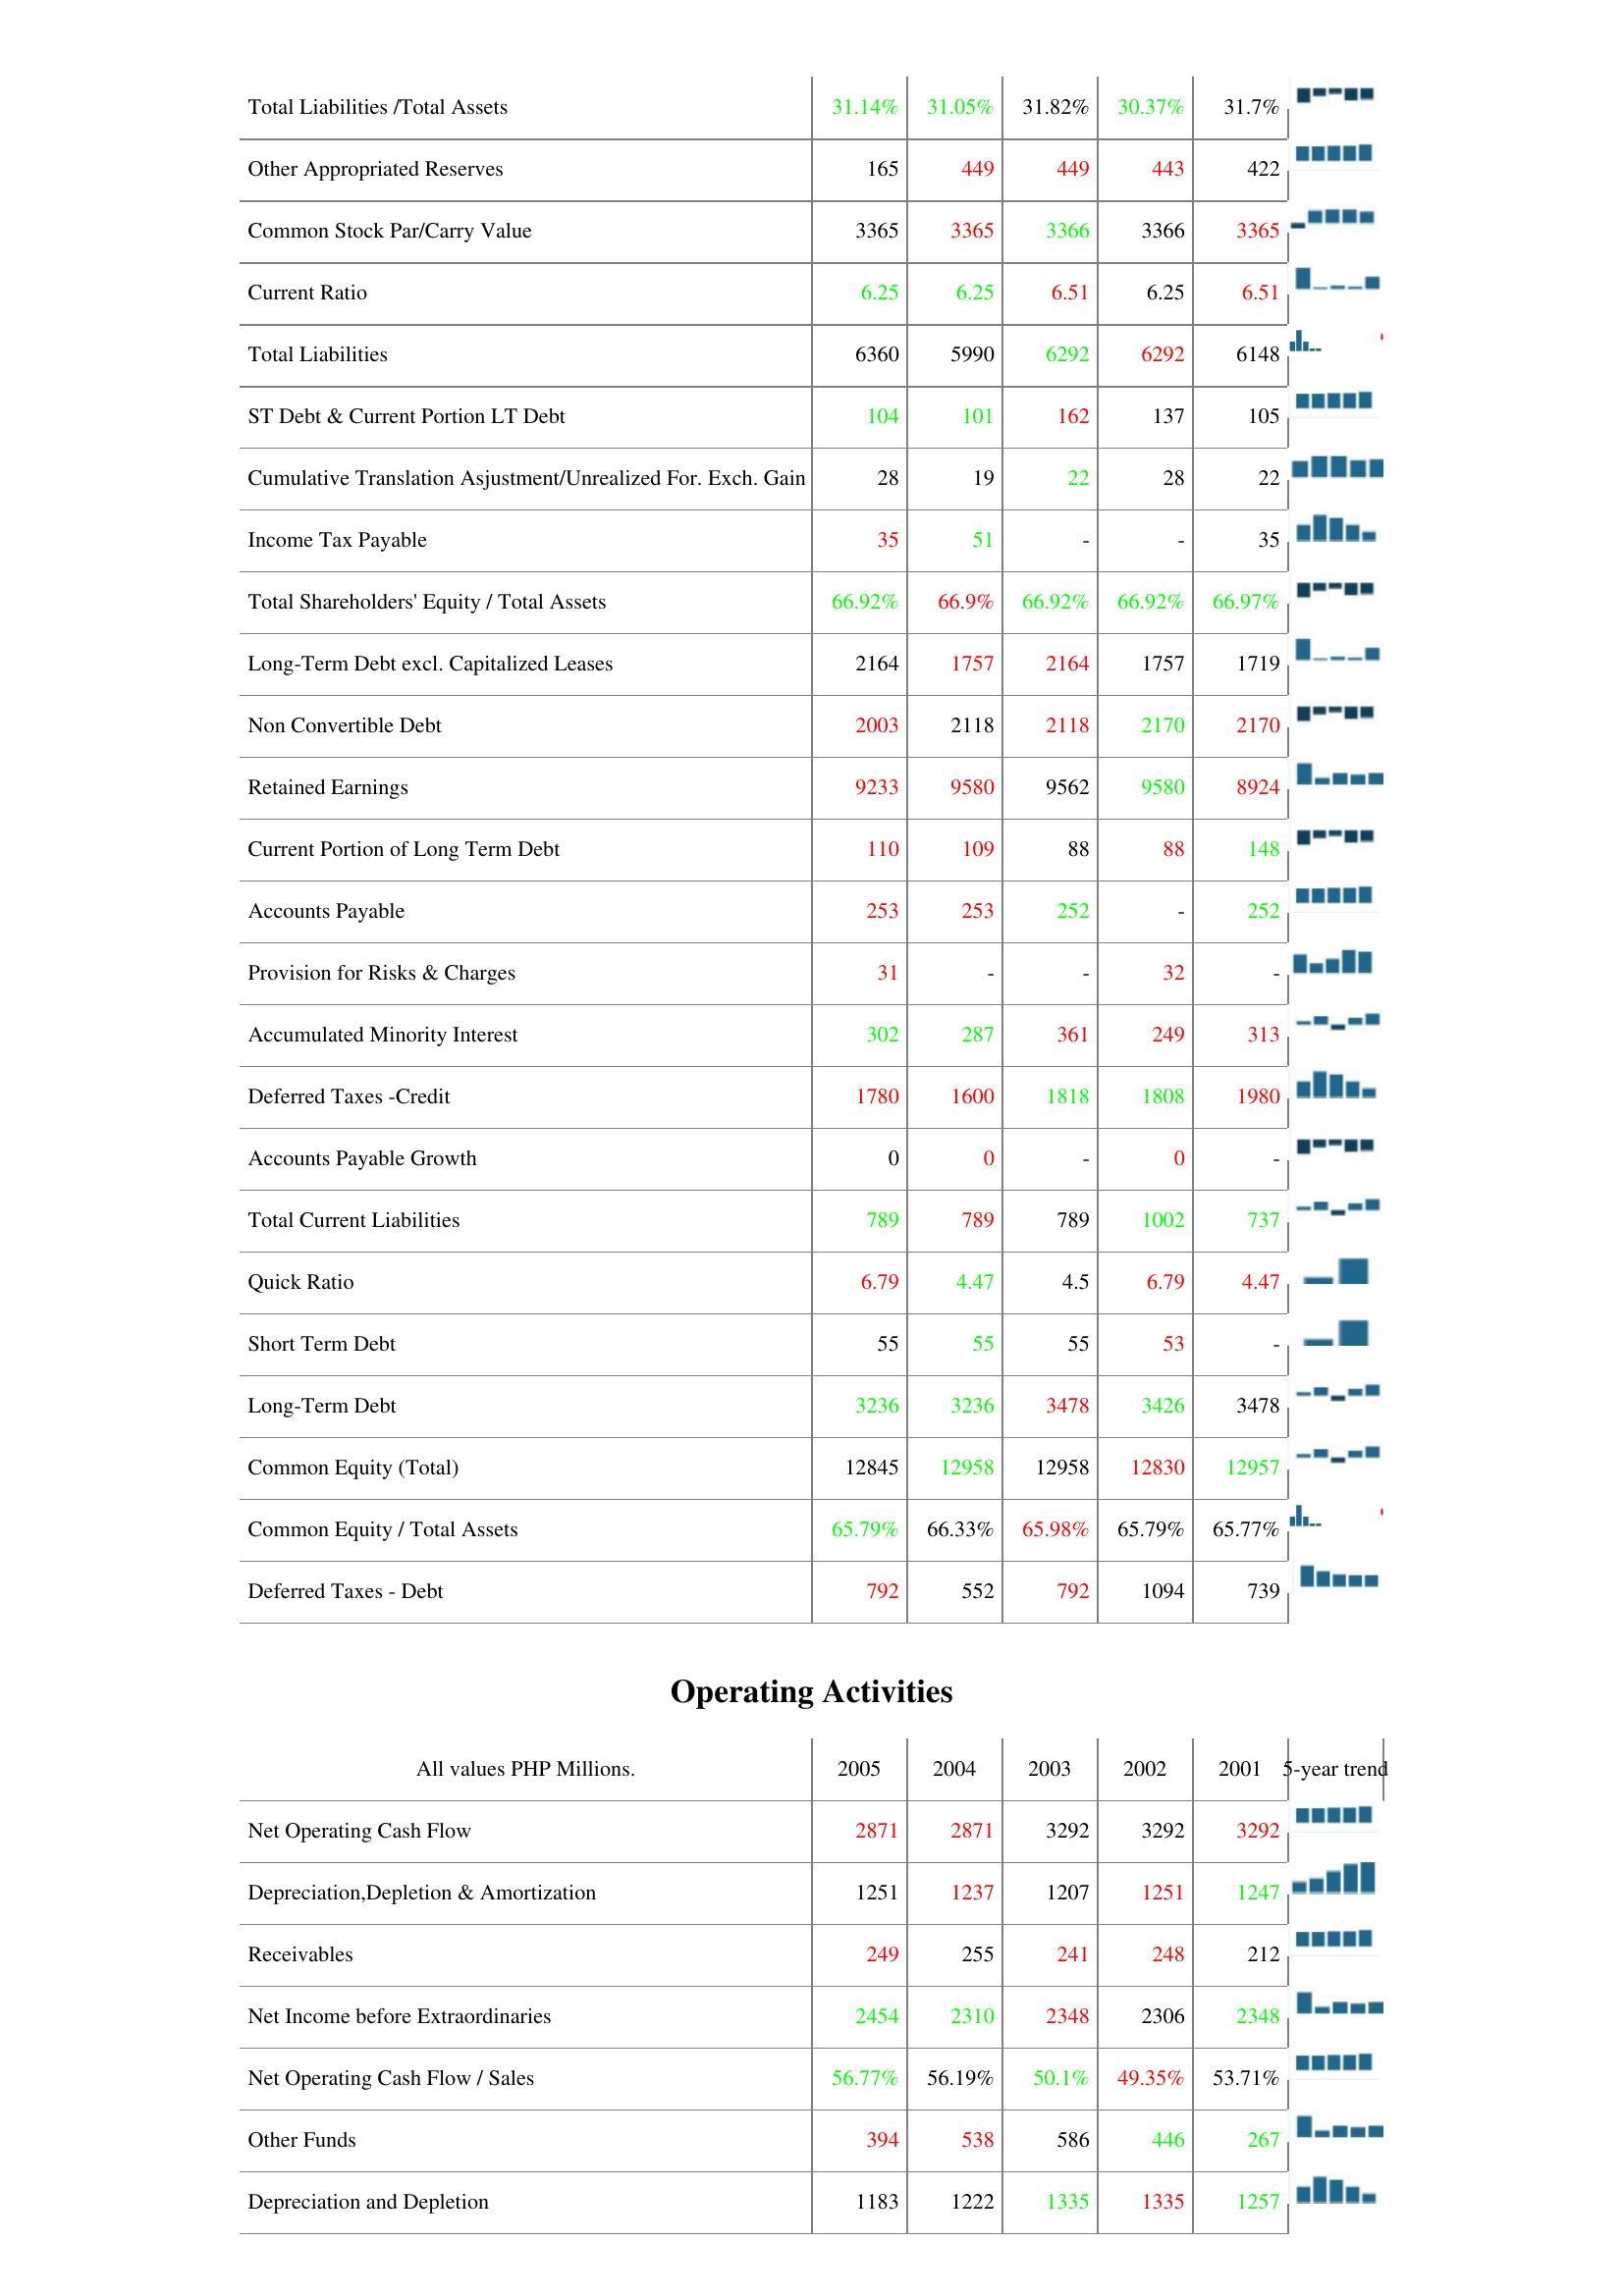
2005: Liabilities & Shareholder's Equity: Total Liabilities /Total Assets: 31.14%
Other Appropriated Reserves: 165
Common Stock Par/Carry Value: 3365
Current Ratio: 6.25
Total Liabilities: 6360
ST Debt & Current Portion LT Debt: 104
Cumulative Translation Asjustment/Unrealized For. Exch. Gain: 28
Income Tax Payable: 35
Total Shareholders' Equity / Total Assets: 66.92%
Long-Term Debt excl. Capitalized Leases: 2164
Non Convertible Debt: 2003
Retained Earnings: 9233
Current Portion of Long Term Debt: 110
Accounts Payable: 253
Provision for Risks & Charges: 31
Accumulated Minority Interest: 302
Deferred Taxes -Credit: 1780
Accounts Payable Growth: 0
Total Current Liabilities: 789
Quick Ratio: 6.79
Short Term Debt: 55
Long-Term Debt: 3236
Common Equity (Total): 12845
Common Equity / Total Assets: 65.79%
Deferred Taxes - Debt: 792
Operating Activities: Net Operating Cash Flow: 2871
Depreciation,Depletion & Amortization: 1251
Receivables: 249
Net Income before Extraordinaries: 2454
Net Operating Cash Flow / Sales: 56.77%
Other Funds: 394
Depreciation and Depletion: 1183
2004: Liabilities & Shareholder's Equity: Total Liabilities /Total Assets: 31.05%
Other Appropriated Reserves: 449
Common Stock Par/Carry Value: 3365
Current Ratio: 6.25
Total Liabilities: 5990
ST Debt & Current Portion LT Debt: 101
Cumulative Translation Asjustment/Unrealized For. Exch. Gain: 19
Income Tax Payable: 51
Total Shareholders' Equity / Total Assets: 66.9%
Long-Term Debt excl. Capitalized Leases: 1757
Non Convertible Debt: 2118
Retained Earnings: 9580
Current Portion of Long Term Debt: 109
Accounts Payable: 253
Provision for Risks & Charges: -
Accumulated Minority Interest: 287
Deferred Taxes -Credit: 1600
Accounts Payable Growth: 0
Total Current Liabilities: 789
Quick Ratio: 4.47
Short Term Debt: 55
Long-Term Debt: 3236
Common Equity (Total): 12958
Common Equity / Total Assets: 66.33%
Deferred Taxes - Debt: 552
Operating Activities: Net Operating Cash Flow: 2871
Depreciation,Depletion & Amortization: 1237
Receivables: 255
Net Income before Extraordinaries: 2310
Net Operating Cash Flow / Sales: 56.19%
Other Funds: 538
Depreciation and Depletion: 1222
2003: Liabilities & Shareholder's Equity: Total Liabilities /Total Assets: 31.82%
Other Appropriated Reserves: 449
Common Stock Par/Carry Value: 3366
Current Ratio: 6.51
Total Liabilities: 6292
ST Debt & Current Portion LT Debt: 162
Cumulative Translation Asjustment/Unrealized For. Exch. Gain: 22
Income Tax Payable: -
Total Shareholders' Equity / Total Assets: 66.92%
Long-Term Debt excl. Capitalized Leases: 2164
Non Convertible Debt: 2118
Retained Earnings: 9562
Current Portion of Long Term Debt: 88
Accounts Payable: 252
Provision for Risks & Charges: -
Accumulated Minority Interest: 361
Deferred Taxes -Credit: 1818
Accounts Payable Growth: -
Total Current Liabilities: 789
Quick Ratio: 4.5
Short Term Debt: 55
Long-Term Debt: 3478
Common Equity (Total): 12958
Common Equity / Total Assets: 65.98%
Deferred Taxes - Debt: 792
Operating Activities: Net Operating Cash Flow: 3292
Depreciation,Depletion & Amortization: 1207
Receivables: 241
Net Income before Extraordinaries: 2348
Net Operating Cash Flow / Sales: 50.1%
Other Funds: 586
Depreciation and Depletion: 1335
2002: Liabilities & Shareholder's Equity: Total Liabilities /Total Assets: 30.37%
Other Appropriated Reserves: 443
Common Stock Par/Carry Value: 3366
Current Ratio: 6.25
Total Liabilities: 6292
ST Debt & Current Portion LT Debt: 137
Cumulative Translation Asjustment/Unrealized For. Exch. Gain: 28
Income Tax Payable: -
Total Shareholders' Equity / Total Assets: 66.92%
Long-Term Debt excl. Capitalized Leases: 1757
Non Convertible Debt: 2170
Retained Earnings: 9580
Current Portion of Long Term Debt: 88
Accounts Payable: -
Provision for Risks & Charges: 32
Accumulated Minority Interest: 249
Deferred Taxes -Credit: 1808
Accounts Payable Growth: 0
Total Current Liabilities: 1002
Quick Ratio: 6.79
Short Term Debt: 53
Long-Term Debt: 3426
Common Equity (Total): 12830
Common Equity / Total Assets: 65.79%
Deferred Taxes - Debt: 1094
Operating Activities: Net Operating Cash Flow: 3292
Depreciation,Depletion & Amortization: 1251
Receivables: 248
Net Income before Extraordinaries: 2306
Net Operating Cash Flow / Sales: 49.35%
Other Funds: 446
Depreciation and Depletion: 1335
2001: Liabilities & Shareholder's Equity: Total Liabilities /Total Assets: 31.7%
Other Appropriated Reserves: 422
Common Stock Par/Carry Value: 3365
Current Ratio: 6.51
Total Liabilities: 6148
ST Debt & Current Portion LT Debt: 105
Cumulative Translation Asjustment/Unrealized For. Exch. Gain: 22
Income Tax Payable: 35
Total Shareholders' Equity / Total Assets: 66.97%
Long-Term Debt excl. Capitalized Leases: 1719
Non Convertible Debt: 2170
Retained Earnings: 8924
Current Portion of Long Term Debt: 148
Accounts Payable: 252
Provision for Risks & Charges: -
Accumulated Minority Interest: 313
Deferred Taxes -Credit: 1980
Accounts Payable Growth: -
Total Current Liabilities: 737
Quick Ratio: 4.47
Short Term Debt: -
Long-Term Debt: 3478
Common Equity (Total): 12957
Common Equity / Total Assets: 65.77%
Deferred Taxes - Debt: 739
Operating Activities: Net Operating Cash Flow: 3292
Depreciation,Depletion & Amortization: 1247
Receivables: 212
Net Income before Extraordinaries: 2348
Net Operating Cash Flow / Sales: 53.71%
Other Funds: 267
Depreciation and Depletion: 1257